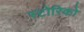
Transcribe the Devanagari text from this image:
स्टोरिको